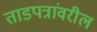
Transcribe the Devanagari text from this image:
ताडपत्रांवरील